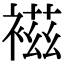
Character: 𧛏